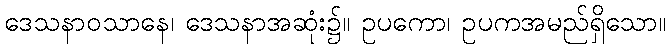
ဒေသနာဝသာနေ၊ ဒေသနာအဆုံး၌။ ဥပကော၊ ဥပကအမည်ရှိသော။